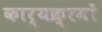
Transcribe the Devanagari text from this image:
कार्यक्र्रमों